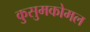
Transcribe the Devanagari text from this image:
कुसुमकोमल